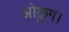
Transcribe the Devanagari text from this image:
ओक्रुग।